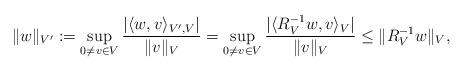
\begin{align*} \|w\|_{V'} := \sup_{0\ne v\in V} \frac{|\langle w,v\rangle_{V',V}|}{\|v\|_V} = \sup_{0\ne v\in V} \frac{|\langle R_V^{-1}w,v\rangle_{V}|}{\|v\|_V} \le \|R_V^{-1}w\|_V,\end{align*}